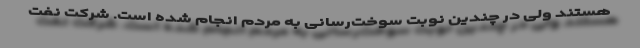
هستند ولی در چندین نوبت سوخت‌رسانی به مردم انجام شده است. شرکت نفت